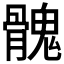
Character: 𩪁